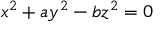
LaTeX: x ^ { 2 } + a y ^ { 2 } - b z ^ { 2 } = 0